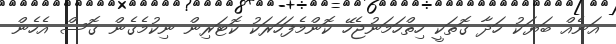
އަނެއް ބަޔަކު ހަދާ ގޮތަކީ ހިތްހަމަނުޖެހޭ ކޮންމެފަހަރަކު ކޮޓަރިން ނިކުމެގެން ގޮސް އެހެން